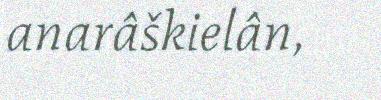
anarâškielân,